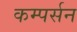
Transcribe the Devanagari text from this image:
कम्पर्सन